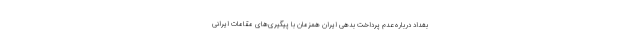
بغداد درباره عدم پرداخت بدهی ایران همزمان با پیگیری‌های مقامات ایرانی